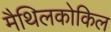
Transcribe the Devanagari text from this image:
मैथिलकोकिल